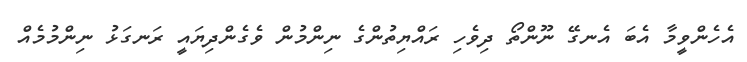
އެހެންވީމާ އެބަ އެނގޭ ނޫންތޯ ދިވެހި ރައްޔިތުންގެ ނިންމުން ވެގެންދިޔައީ ރަނގަޅު ނިންމުމެއް